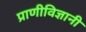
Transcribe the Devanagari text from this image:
प्राणीविज्ञानी